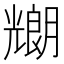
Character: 𠓇